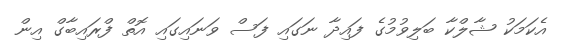
އެކަމަކު ޝާލްކާ ބަލިވުމުގެ ފައިދާ ނަގައި ފަސް ވަނައިގައި އޮތް ފްރައިބާގް އިން